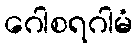
ဂေါစရဂါမံ